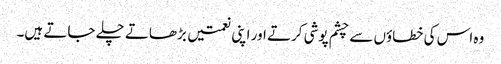
وہ اس کی خطاؤں سے چشم پوشی کرتے اور اپنی نعمتیں بڑھاتے چلے جاتے ہیں۔